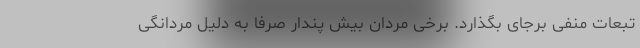
تبعات منفی برجای بگذارد. برخی مردان بیش پندار صرفا به دلیل مردانگی